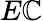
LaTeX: E\mathbb{C}